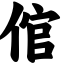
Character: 倌